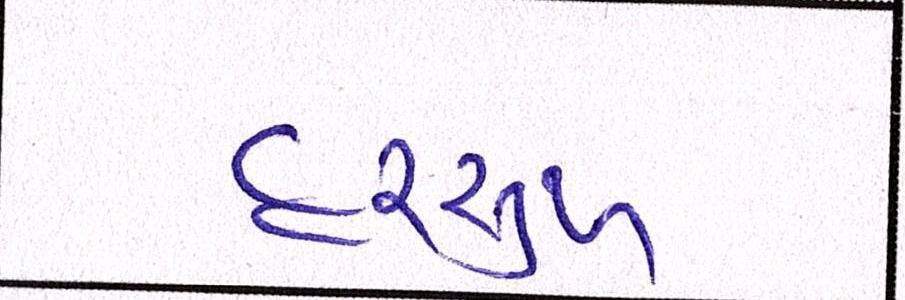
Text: હરસુખ